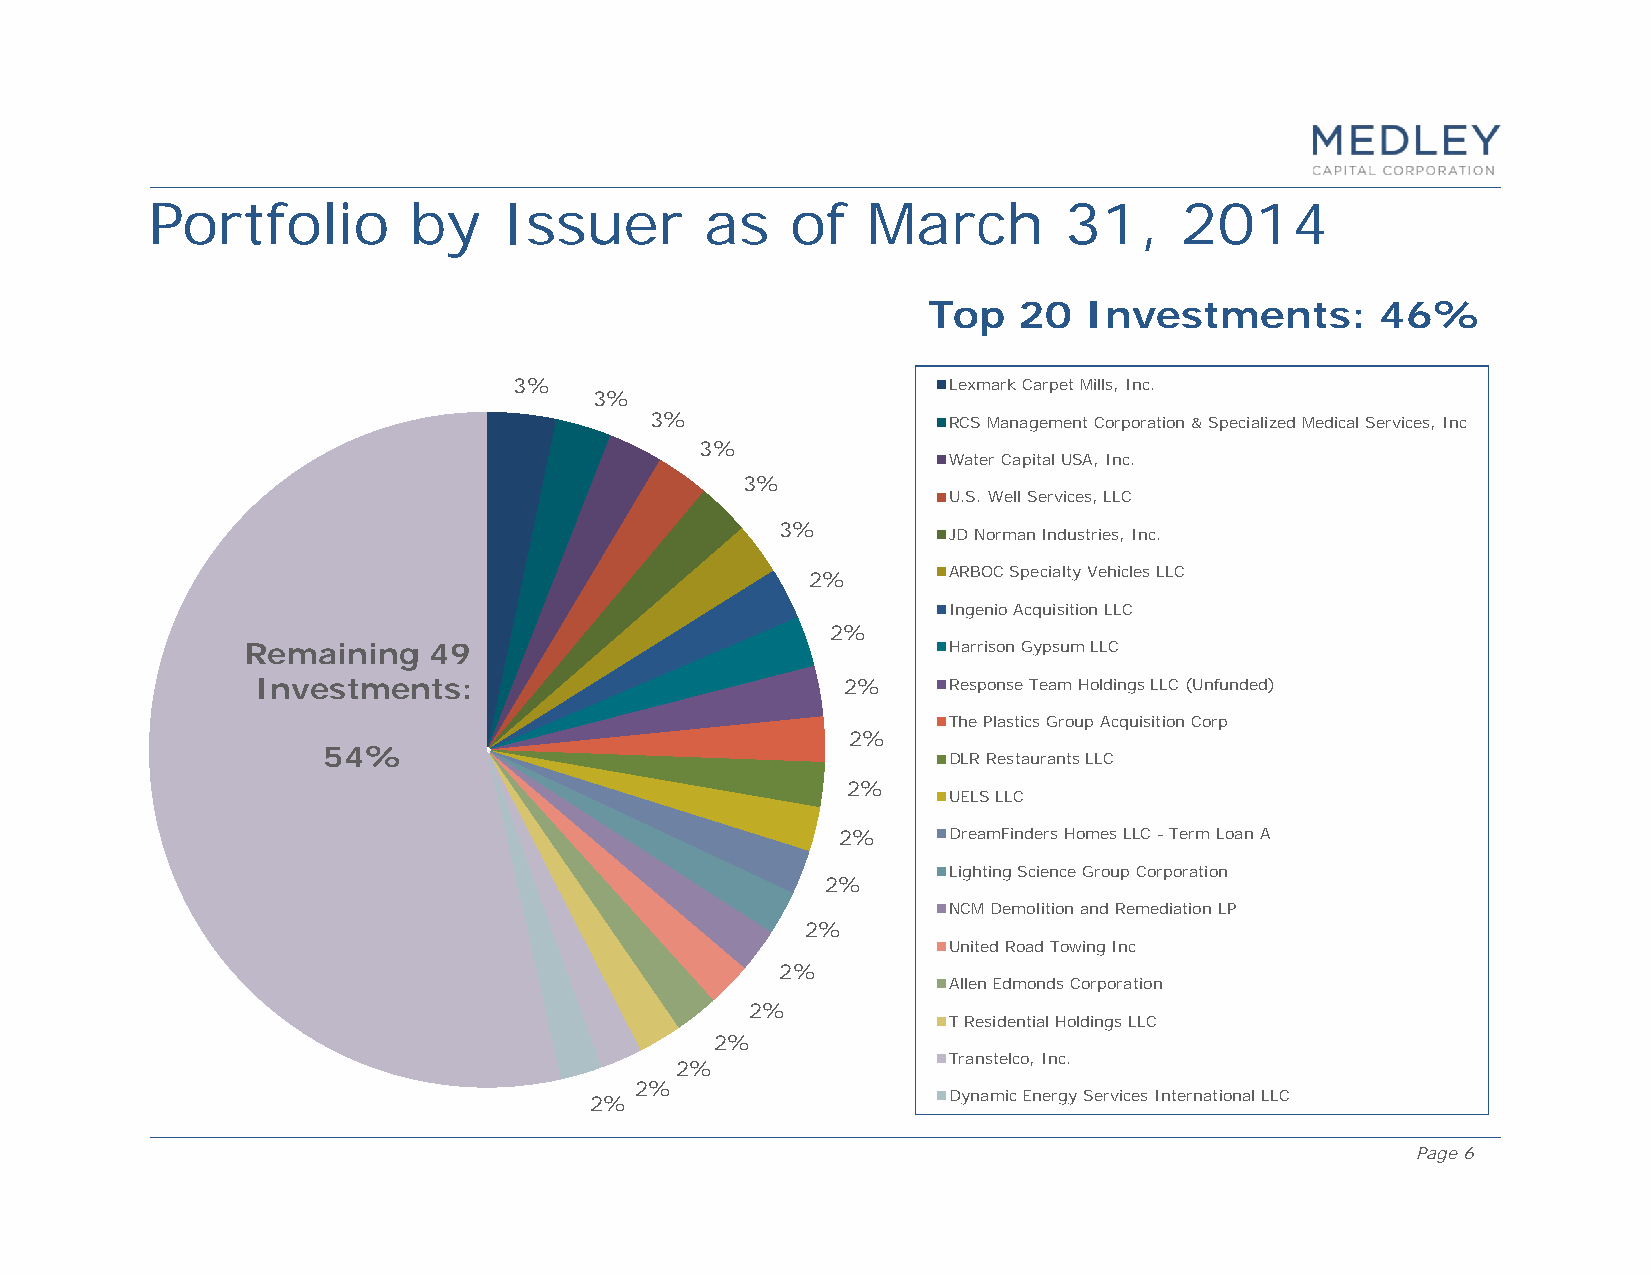
Portfolio        by    Issuer        as   of   March        31,     2014
 Top   20   Investments:       46%
 3%                           Lexmark Carpet Mills, Inc.
 3%
 3%                  RCS Management Corporation & Specialized Medical Services, Inc
 3%
 Water Capital USA, Inc.
 3%
 U.S. Well Services, LLC
 3%
 JD Norman Industries, Inc.
 2%       ARBOC Specialty Vehicles LLC
 Ingenio Acquisition LLC
 2%
 Remaining   49                                 Harrison Gypsum LLC
 Investments:                           2%     Response Team Holdings LLC (Unfunded)
 The Plastics Group Acquisition Corp
 2%
 54%
 DLR Restaurants LLC
 2%
 UELS LLC
 2%     DreamFinders Homes LLC - Term Loan A
 Lighting Science Group Corporation
 2%
 NCM Demolition and Remediation LP
 2%
 United Road Towing Inc
 2%
 Allen Edmonds Corporation
 2%
 T Residential Holdings LLC
 2%
 Transtelco, Inc.
 2%
 2%
 2%                      Dynamic Energy Services International LLC
 Page 6